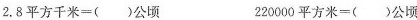
2.8平方千米=（）公顷 220000平方米=（）公顷